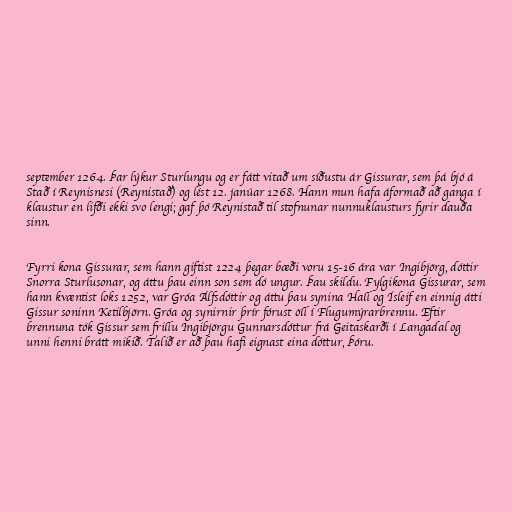
september 1264. Þar lýkur Sturlungu og er fátt vitað um síðustu ár Gissurar, sem þá bjó á
Stað í Reynisnesi (Reynistað) og lést 12. janúar 1268. Hann mun hafa áformað að ganga í
klaustur en lifði ekki svo lengi; gaf þó Reynistað til stofnunar nunnuklausturs fyrir dauða
sinn.

Fyrri kona Gissurar, sem hann giftist 1224 þegar bæði voru 15-16 ára var Ingibjörg, dóttir
Snorra Sturlusonar, og áttu þau einn son sem dó ungur. Þau skildu. Fylgikona Gissurar, sem
hann kvæntist loks 1252, var Gróa Álfsdóttir og áttu þau synina Hall og Ísleif en einnig átti
Gissur soninn Ketilbjörn. Gróa og synirnir þrír fórust öll í Flugumýrarbrennu. Eftir
brennuna tók Gissur sem frillu Ingibjörgu Gunnarsdóttur frá Geitaskarði í Langadal og
unni henni brátt mikið. Talið er að þau hafi eignast eina dóttur, Þóru.